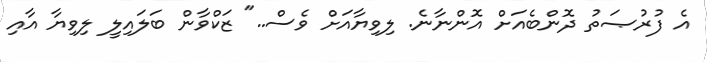
އެ ފުރުޞަތު ދޮންބެއަށް އޮންނާނެ. ލިވިޔާއަށް ވެސް.." ޒަކްވާން ބަލައިލީ ލިވިޔާ އާއި